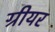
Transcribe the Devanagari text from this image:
ग्रीयर